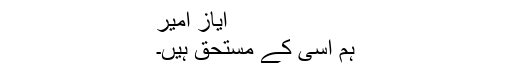
ایاز امیر
ہم اسی کے مستحق ہیں۔